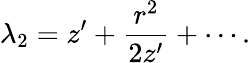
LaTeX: \lambda_{2}=z^{\prime}+\frac{r^{2}}{2z^{\prime}}+\cdots.